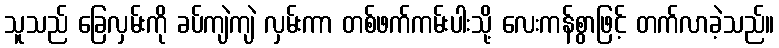
သူသည် ခြေလှမ်းကို ခပ်ကျဲကျဲ လှမ်းကာ တစ်ဖက်ကမ်းပါးသို့ လေးကန်စွာဖြင့် တက်လာခဲ့သည်။